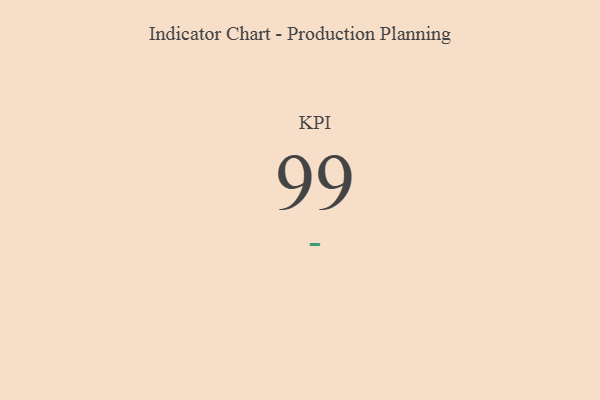
{"axis": {"x": "KPI", "y": "Value"}, "legend": [""], "data": [{"x": "KPI", "y": 99, "type": ""}]}